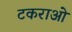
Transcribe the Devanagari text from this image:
टकराओ